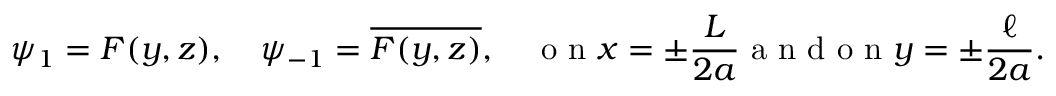
\psi _ { 1 } = F ( y , z ) , \quad \psi _ { - 1 } = \overline { { F ( y , z ) } } , \quad \mathrm { ~ o ~ n ~ } x = \pm \frac { L } { 2 a } \mathrm { ~ a ~ n ~ d ~ o ~ n ~ } y = \pm \frac { \ell } { 2 a } .